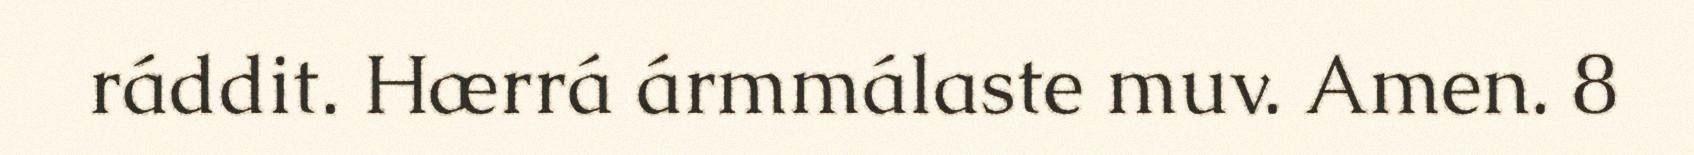
ráddit. Hærrá ármmálaste muv. Amen. 8